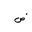
Letter: _dad